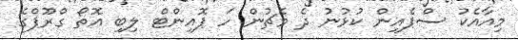
މިއާއެކު ސްޕެއިން ކުޅުނު ދެ މެޗުން ހަ ޕޮއިންޓް ލިބި އޮތޯ ގްރޫޕްގެ